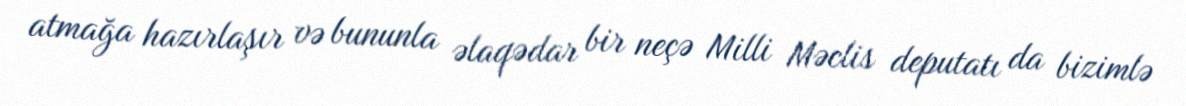
atmağa hazırlaşır və bununla əlaqədar bir neçə Milli Məclis deputatı da bizimlə